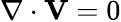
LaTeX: \nabla\cdot\mathbf{V}=0